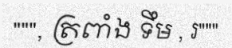
""", ត្រពាំង ទឹម , រ"""